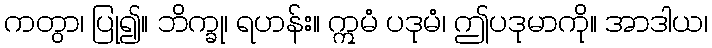
ကတွာ၊ ပြု၍။ ဘိက္ခု၊ ရဟန်း။ ဣမံ ပဒုမံ၊ ဤပဒုမာကို။ အာဒါယ၊